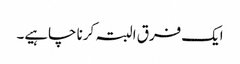
ایک فرق البتہ کرنا چاہیے۔